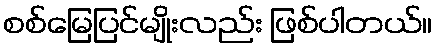
စစ်မြေပြင်မျိုးလည်း ဖြစ်ပါတယ်။